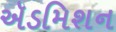
ઍડમિશન